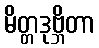
မိတ္တဒုဗ္ဘိတာ